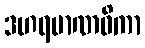
ဒဟရမာဏဝိကာ